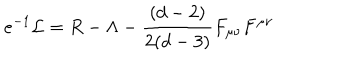
e ^ { - 1 } \mathcal { L } = R - \Lambda - \frac { ( d - 2 ) } { 2 ( d - 3 ) } F _ { \mu \nu } F ^ { \mu \nu }